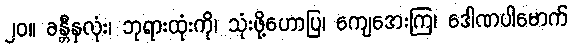
၂၀။ ခန္တီနှလုံး၊ ဘုရားထုံးကို၊ သုံးဖို့ဟောပြ၊ ကျေအေးကြ၊ ဒေါဏပါမောက်